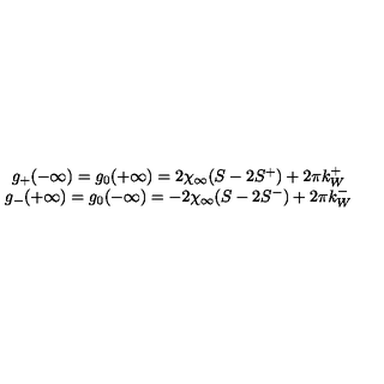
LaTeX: \begin{array} { c } { g _ { + } ( - \infty ) = g _ { 0 } ( + \infty ) = 2 \chi _ { \infty } ( S - 2 S ^ { + } ) + 2 \pi k _ { W } ^ { + } } \\ { g _ { - } ( + \infty ) = g _ { 0 } ( - \infty ) = - 2 \chi _ { \infty } ( S - 2 S ^ { - } ) + 2 \pi k _ { W } ^ { - } } \\ \end{array}